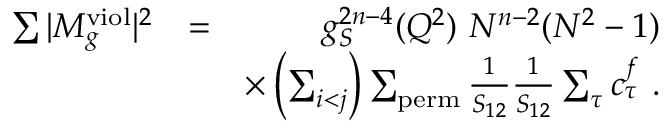
\begin{array} { r l r } { \sum \vert M _ { g } ^ { \mathrm { v i o l } } \vert ^ { 2 } } & { = } & { g _ { S } ^ { 2 n - 4 } ( Q ^ { 2 } ) ~ N ^ { n - 2 } ( N ^ { 2 } - 1 ) } \\ & { } & { \times \left( \sum _ { i < j } \right) \sum _ { \mathrm { p e r m } } \frac { 1 } { S _ { 1 2 } } \frac { 1 } { S _ { 1 2 } } \sum _ { \tau } c _ { \tau } ^ { f } ~ . } \end{array}